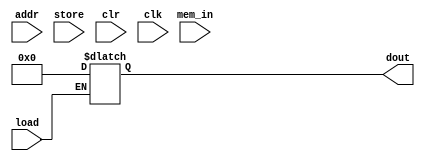
module DMem (
    input [9:0] addr,
    input [31:0] mem_in,
    input store, load, clr, clk,
    output reg[31:0] dout
);
    reg [31:0] mem[2**11 - 1 : 0];
    integer i;

    initial begin
        for (i = 0; i < 2**11; i = i + 1) begin
            mem[i] = 32'b0;
        end
    end
    
    always @(posedge clk) begin
        // if (clr) mem =  TODO: how to set 0?
        if (store) mem[addr] <= mem_in;
    end

    always @(*) begin  // note: read memory don't need clk signal
        if (clr) begin
            for (i = 0; i < 2**11; i = i + 1) begin
                mem[i] = 32'b0;
            end
        end
        if (load) dout <= mem[addr];
    end
endmodule